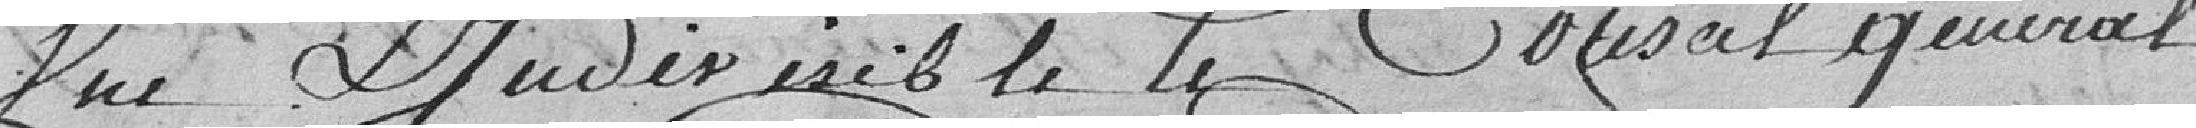
une & indivisible, le Conseil Général